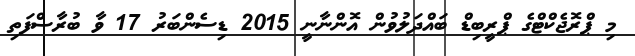
މި ޕްރޮޖެކްޓްގެ ޕްރީބިޑް ބައްދަލުވުން އޮންނާނީ 2015 ޑިސެންބަރު 17 ވާ ބުރާސްފަތި